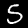
Label: 5